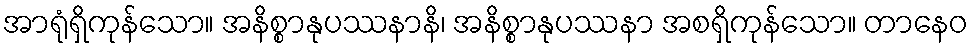
အာရုံရှိကုန်သော။ အနိစ္စာနုပဿနာနိ၊ အနိစ္စာနုပဿနာ အစရှိကုန်သော။ တာနေဝ